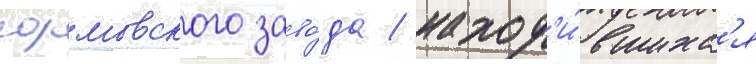
сормовского заво́да / наход'и́вшихс'я